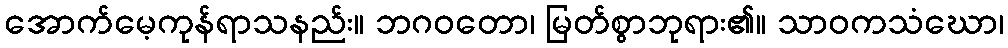
အောက်မေ့ကုန်ရာသနည်း။ ဘဂဝတော၊ မြတ်စွာဘုရား၏။ သာဝကသံဃော၊